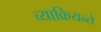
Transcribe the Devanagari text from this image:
व्याक्रियन्ते